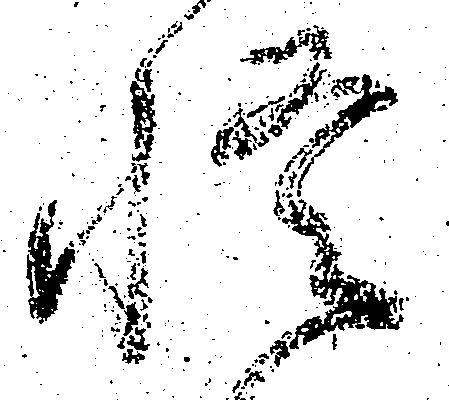
悟